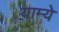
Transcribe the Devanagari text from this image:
याम्ये